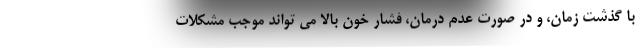
با گذشت زمان، و در صورت عدم درمان، فشار خون بالا می تواند موجب مشکلات